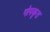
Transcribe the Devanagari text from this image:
गोपकृत